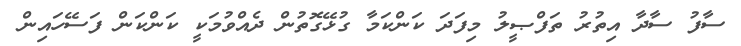
ސާފު ސާދާ އިތުރު ތަފްޞީލު މިފަދަ ކަންކަމާ ގުޅޭގޮތުން ދެއްވުމަކީ ކަންކަން ފަސޭހައިން